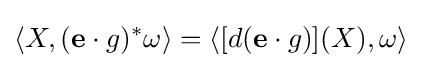
\langle X,({\mathbf {e} }\cdot g)^{*}\omega \rangle =\langle [d(\mathbf {e} \cdot g)](X),\omega \rangle